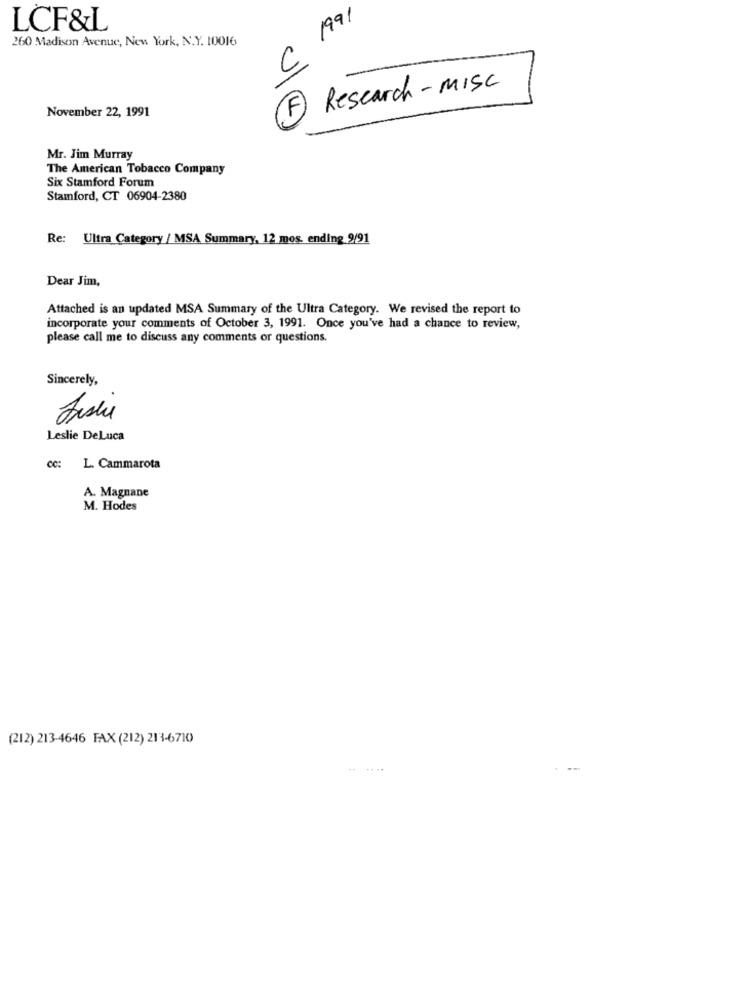
C 1991
LCF&L
260 Madison Avenue, New York, N.Y. 10016
Research - Misc
November 22, 1991
F
Mr. Jim Murray
The American Tobacco Company
Six Stamford Forum
Stamford, CT 06904-2380
Re: Ultra Category / MSA Summary, 12 mos. ending 9/91
Dear Jim,
Attached is an updated MSA Summary of the Ultra Category. We revised the report to
incorporate your comments of October 3, 1991. Once you've had a chance to review,
please call me to discuss any comments or questions.
Sincerely,
Leslie DeLuca
cc: L. Cammarota
A. Magnane
M. Hodes
(212) 213-4646 FAX (212) 213-6710